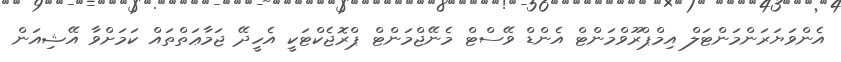
އެންވަޔަރަންމަންޓަލް އިމްޕްރޫވްމަންޓް އެންޑް ވޭސްޓް މެނޭޖްމަންޓް ޕްރޮޖެކްޓަކީ އެހީދޭ ޖަމާޢަތްތައް ކަމަށްވާ އޭޝިއަން